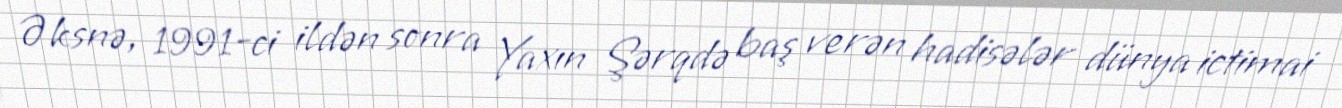
Əksnə, 1991-ci ildən sonra Yaxın Şərqdə baş verən hadisələr dünya ictimai